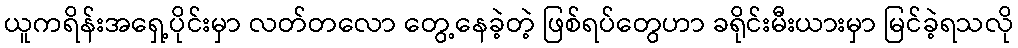
ယူကရိန်းအရှေ့ပိုင်းမှာ လတ်တလော တွေ့နေခဲ့တဲ့ ဖြစ်ရပ်တွေဟာ ခရိုင်းမီးယားမှာ မြင်ခဲ့ရသလို